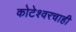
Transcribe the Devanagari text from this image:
कोटेश्वरचाही